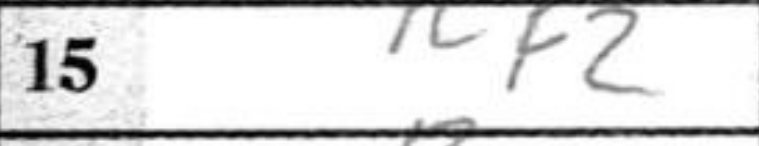
Transcription: Rf2